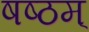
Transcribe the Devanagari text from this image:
षष्ठम्‌